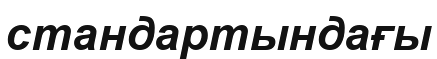
стандартындағы